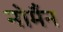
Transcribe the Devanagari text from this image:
नोर्मैन